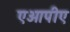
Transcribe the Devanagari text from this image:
एओपीए